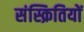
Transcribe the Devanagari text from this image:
संस्क्रितियों